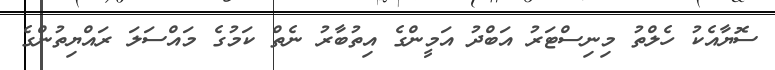
ސޮޔާއެކު ހެލްތު މިނިސްޓަރު އަބްދު އަމީންގެ އިތުބާރު ނެތް ކަމުގެ މައްސަލަ ރައްޔިތުންގެ